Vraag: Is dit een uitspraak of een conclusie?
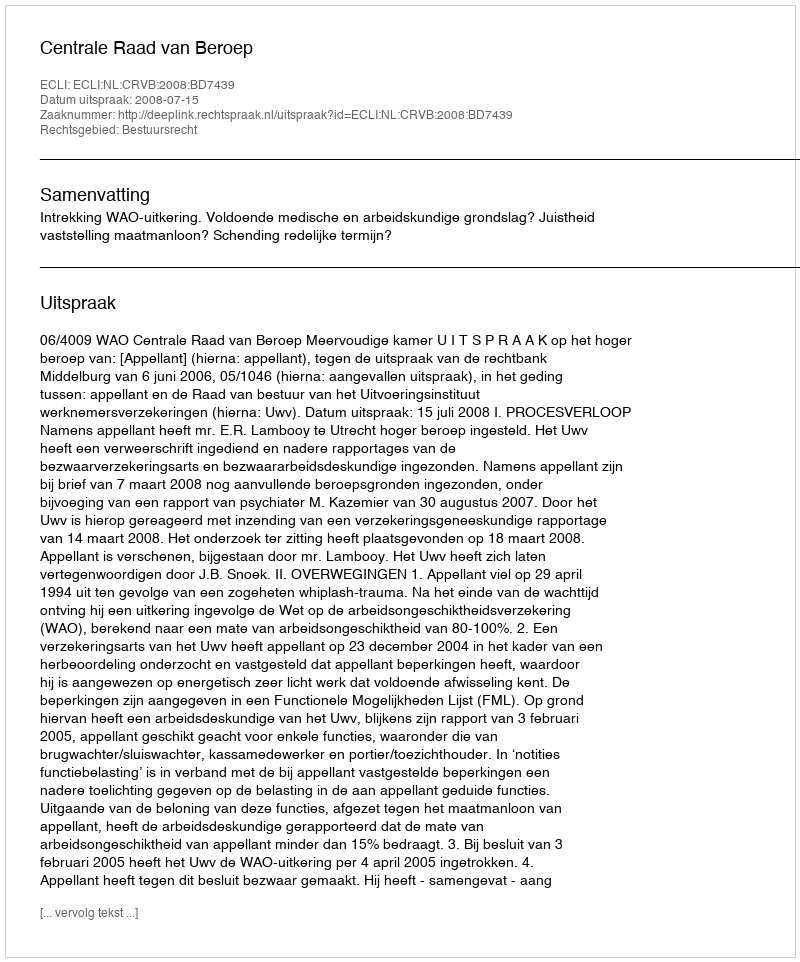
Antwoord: Uitspraak